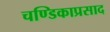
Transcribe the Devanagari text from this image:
चण्डिकाप्रसाद